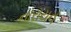
નારાયન